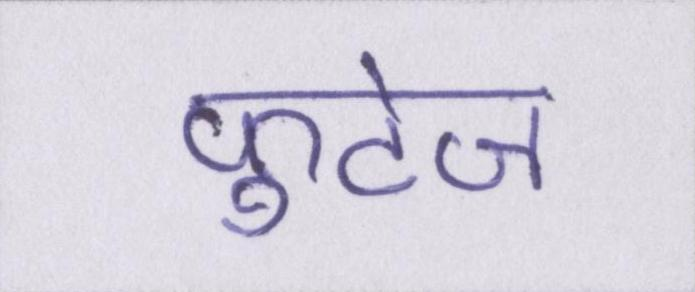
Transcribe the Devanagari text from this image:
फुटेज